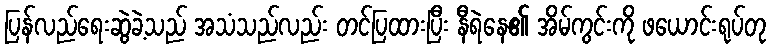
ပြန်လည်ရေးဆွဲခဲ့သည် အသံသည်လည်း တင်ပြထားပြီး နီရဲနေ၏ အိမ်ကွင်းကို ဖယောင်းရုပ်တု